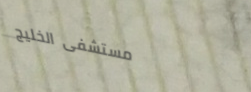
مستشفى الخليج